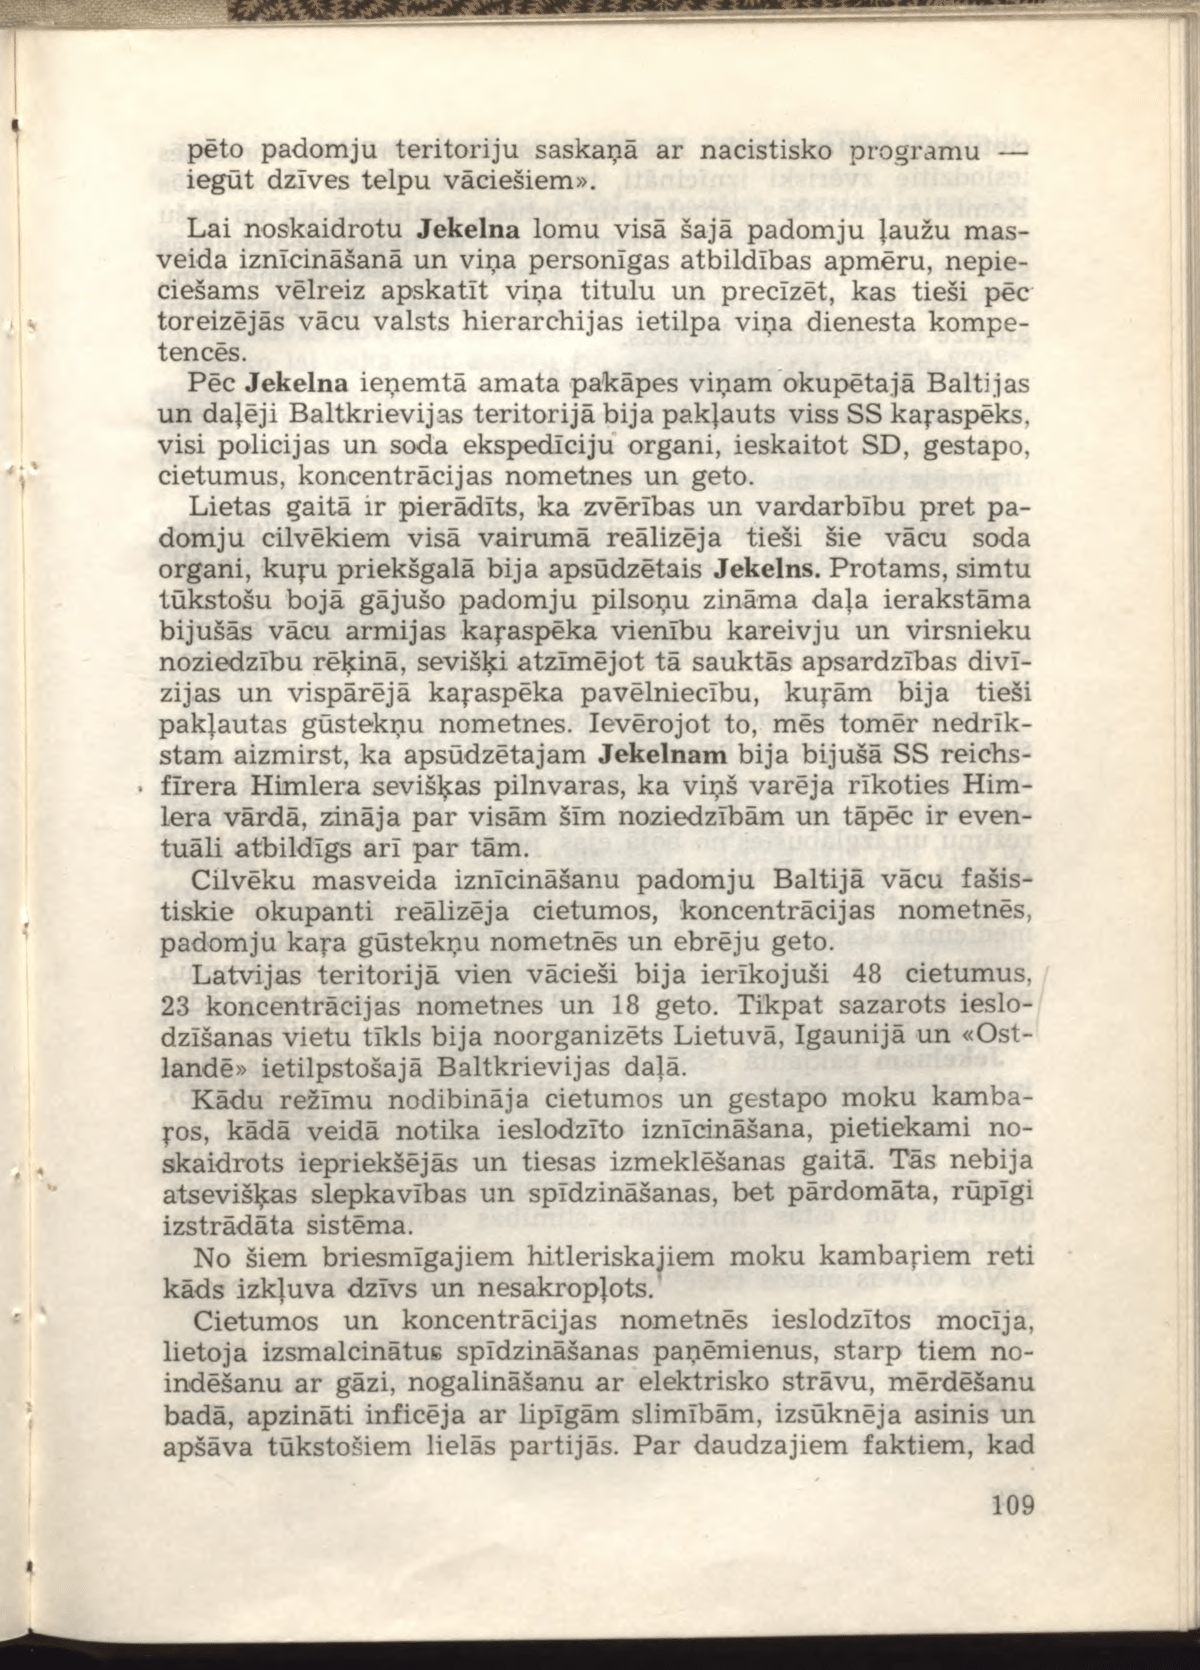
Language: lv